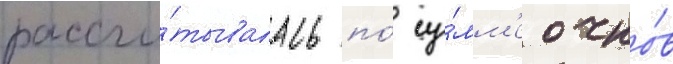
рассчи́тывалась по́ су́мм'е очко́в